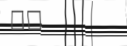
٣٢